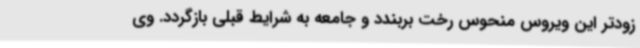
زودتر این ویروس منحوس رخت بربندد و جامعه به شرایط قبلی بازگردد. وی